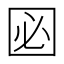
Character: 㘠